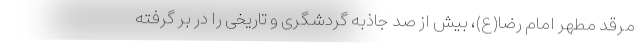
مرقد مطهر امام رضا(ع)، بیش از صد جاذبه گردشگری و تاریخی را در بر گرفته